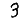
Digit: 3